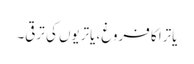
یاترا کا فروغ، یاتریوں کی ترقی۔